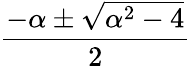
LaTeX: \frac{-\alpha\pm{\sqrt{\alpha^{2}-4}}}{2}